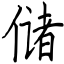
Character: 储